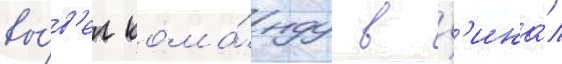
вы́в'ел кома́нду в ф'ина́л